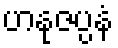
ဟနုဇပ္ပနံ